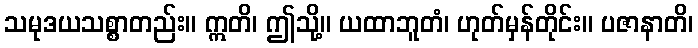
သမုဒယသစ္စာတည်း။ ဣတိ၊ ဤသို့။ ယထာဘူတံ၊ ဟုတ်မှန်တိုင်း။ ပဇာနာတိ၊